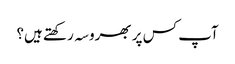
آپ کس پر بھروسہ رکھتے ہیں؟